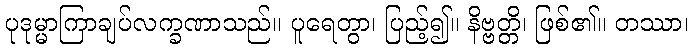
ပုဒုမ္မာကြာချပ်လက္ခဏာသည်။ ပူရေတွာ၊ ပြည့်၍။ နိဗ္ဗတ္တိ၊ ဖြစ်၏။ တဿာ၊